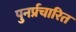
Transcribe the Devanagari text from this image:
पुनर्प्रचारित